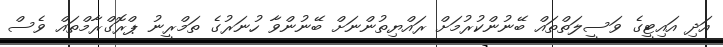
އަދި އައިޓީގެ ވަސީލަތްތައް ބޭނުންކުރުމަށް ރައްޔިތުންނަށް ބޭނުންވާ ހުނަރުގެ ތަމްރީނު ޕްރޮގްރާމްތައް ވެސް